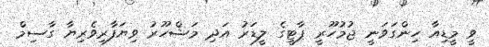
ވީ މީޑިއާ ހިންގަވަނީ ޖުމުހޫރީ ޕާޓީގެ ލީޑަރު އަދި މަޝްހޫރު ވިޔަފާރިވެރިޔާ ގާސިމް